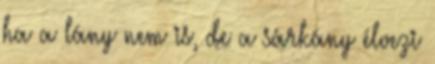
ha a lány nem is, de a sárkány élvezi